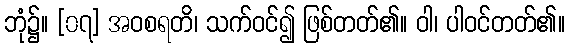
ဘုံ၌။ [၀၇] အဝစရတိ၊ သက်ဝင်၍ ဖြစ်တတ်၏။ ဝါ၊ ပါဝင်တတ်၏။